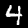
Digit: 4